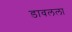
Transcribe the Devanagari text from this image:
डावलला